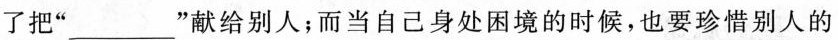
了把”___”献给别人；而当自己身处困境的时候，也要珍惜别人的